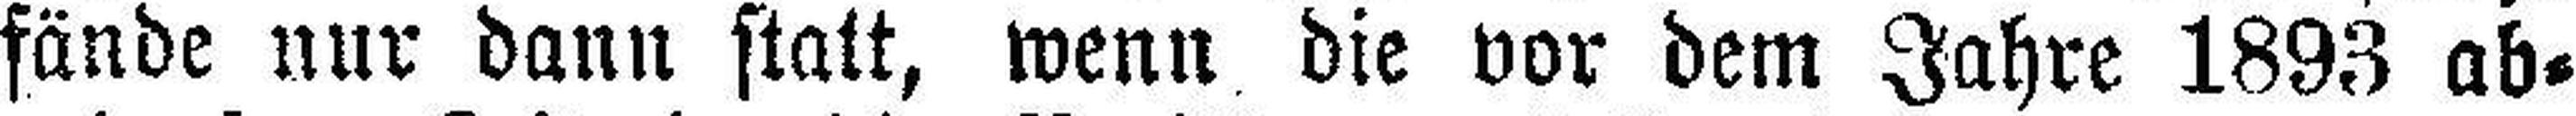
fände nur dann statt, wenn die vor dem Jahre 1893 ab¬